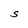
Character: S